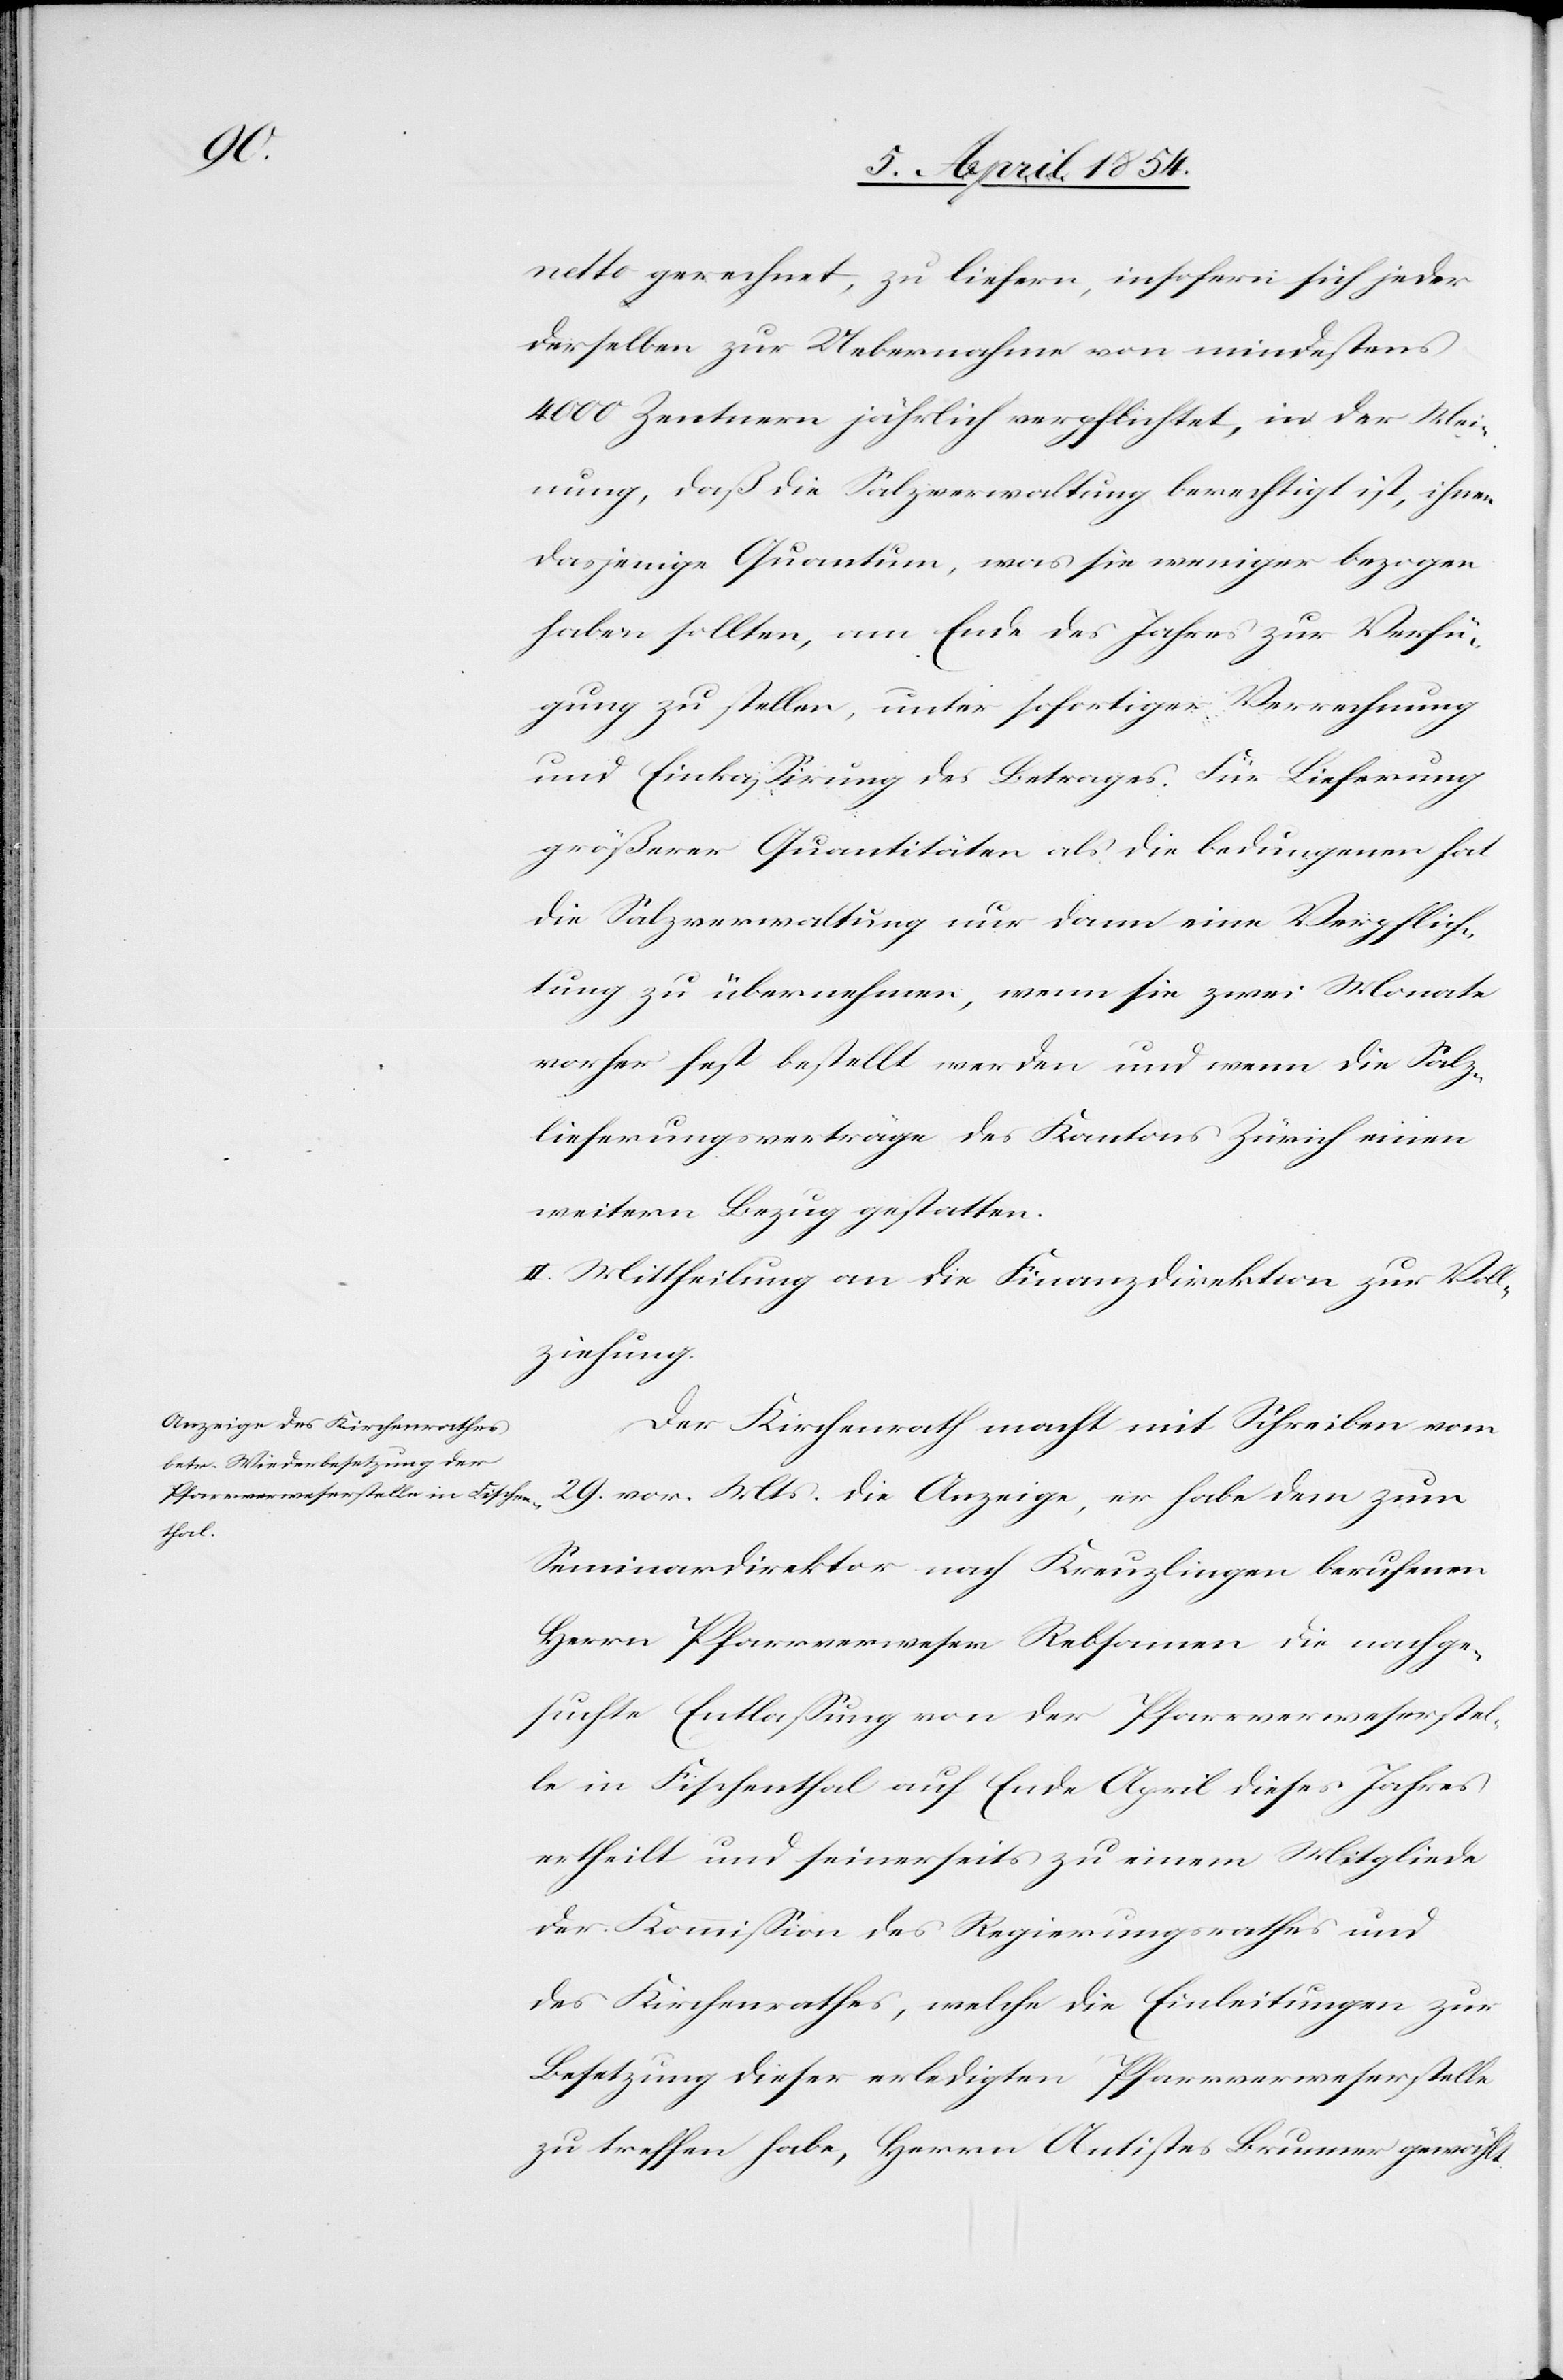
netto gerechnet, zu liefern, insofern sich jeder
derselben zur Uebernahme von mindestens
4000 Zentnern jährlich verpflichtet, in der Mei¬
nung, daß die Salzverwaltung berechtigt ist, ihnen
dasjenige Quantum, was sie weniger bezogen
haben sollten, am Ende des Jahres zur Verfü¬
gung zu stellen, unter sofortiger Verrechnung
und Einkaßirung des Betrages. Für Lieferung
größerer Quantitäten als die bedungenen hat
die Salzverwaltung nur dann eine Verpflich¬
tung zu übernehmen, wenn sie zwei Monate
vorher fest bestellt werden und wenn die Salz¬
lieferungsverträge des Kantons Zürich einen
weitern Bezug gestatten.
II. Mittheilung an die Finanzdirektion zur Voll¬
ziehung.
Der Kirchenrath macht mit Schreiben vom
29. vor. Mts die Anzeige, er habe dem zum
Seminardirektor nach Kreuzlingen berufenen
Herrn Pfarrverweser Rebsamen die nachge¬
suchte Entlaßung von der Pfarrverweserstel¬
le in Fischenthal auf Ende April dieses Jahres
ertheilt und seinerseits zu einem Mitgliede
der Kommißion des Regierungsrathes und
des Kirchenrathes, welche die Einleitungen zur
Besetzung dieser erledigten Pfarrverweserstelle
zu treffen habe, Herrn Antistes Brunner gewählt.